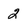
Character: 2